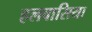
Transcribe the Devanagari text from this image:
हलवासिया